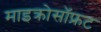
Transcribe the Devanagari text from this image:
माइक्रोसॉफ्रट